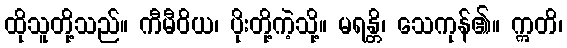
ထိုသူတို့သည်။ ကီမီဝိယ၊ ပိုးတို့ကဲ့သို့။ မရန္တိ၊ သေကုန်၏။ ဣတိ၊